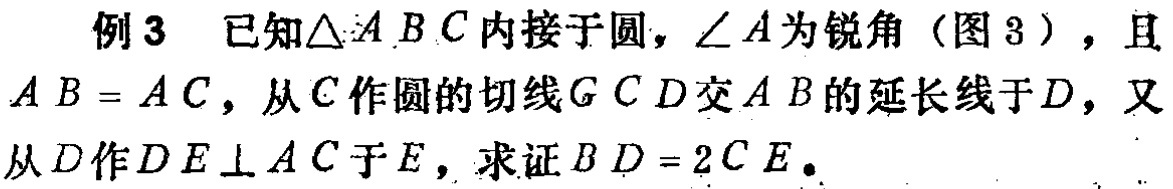
例3 已知$\triangle ABC$内接于圆，$\angle A$为锐角（图3），且$AB = AC$，从$C$作圆的切线$GCD$交$AB$的延长线于$D$，又从$D$作$DE\perp AC$于$E$，求证$BD = 2CE$。